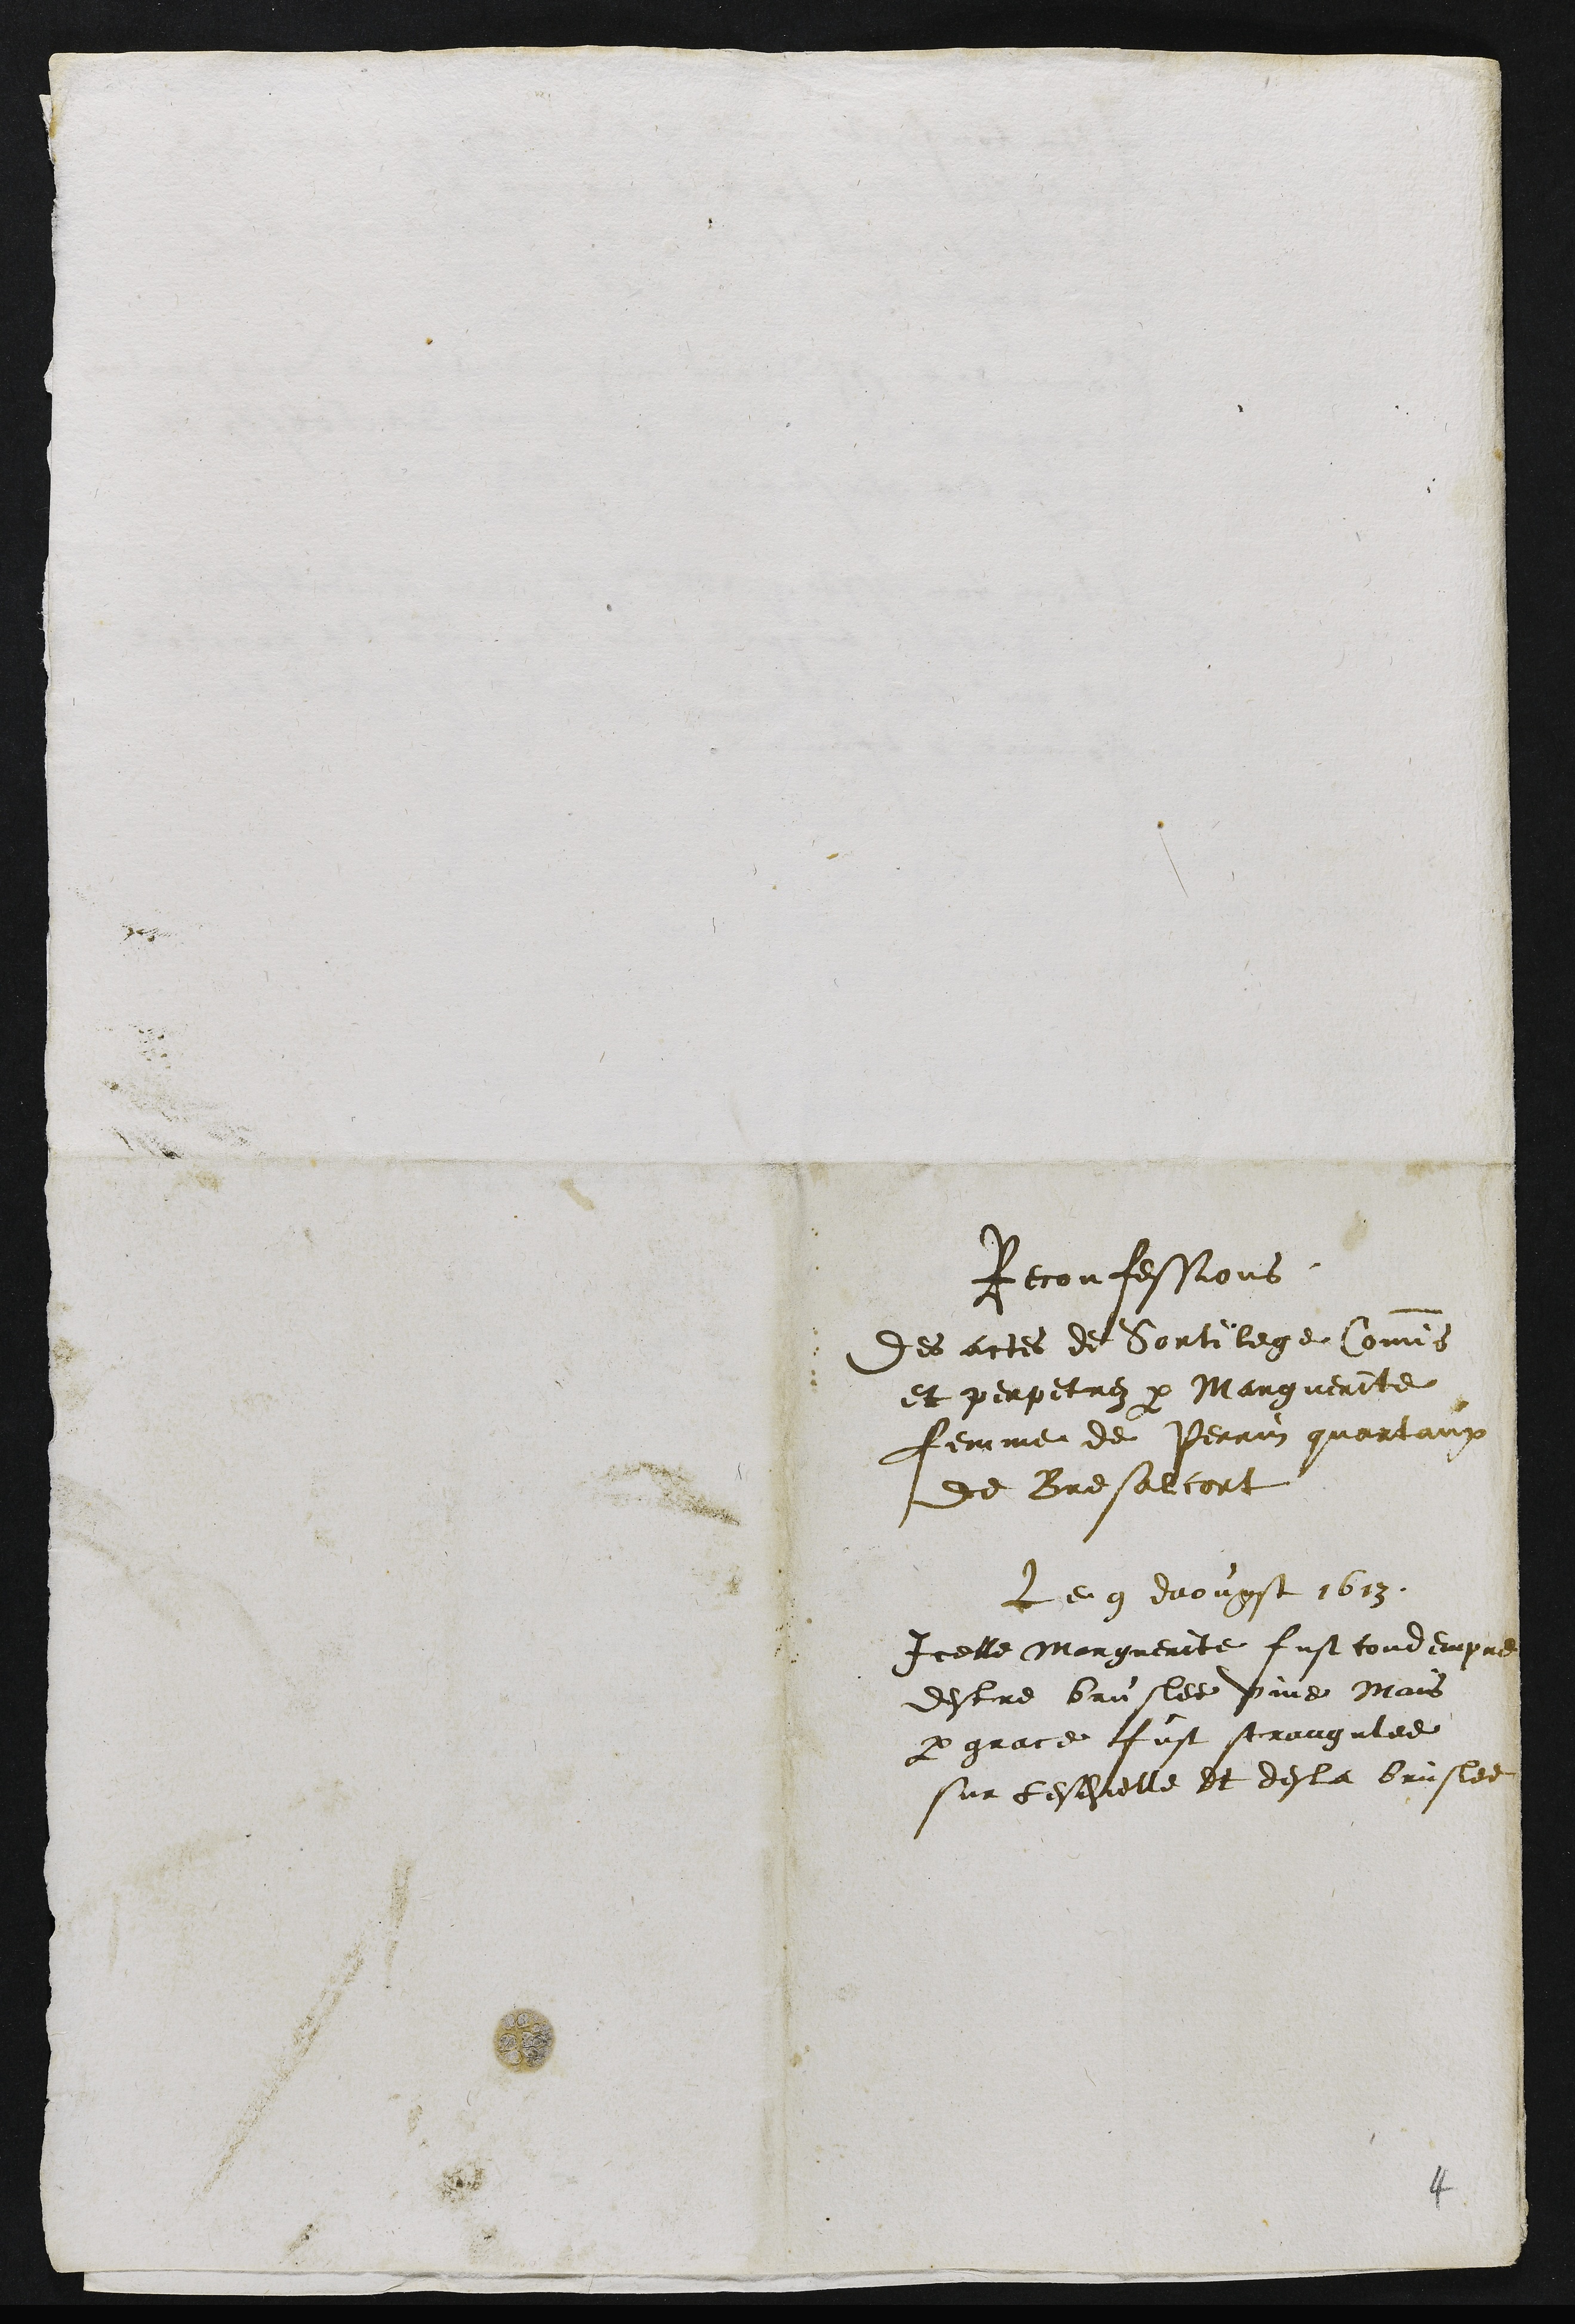
Reconfessions
Des actes de Sortilege Commes
et perpetrez par Marguerite
femme de Perrin quartane
de Bresalcort
Le 9 daougst 1613
Icelle Marguerite fust condempnee
destre bruslee vive Mais
par grace fust strangulee
sur lesdelle et desla bruslee